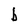
Character: b